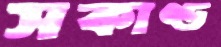
সকাণ্ড